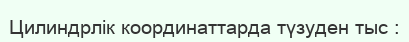
Цилиндрлік координаттарда түзуден тыс :